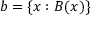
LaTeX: b = \{ x : B ( x ) \}